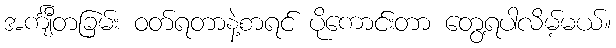
အင်္ကျီတခြမ်း ဝတ်ရတာနဲ့စာရင် ပိုကောင်းတာ တွေ့ရပါလိမ့်မယ်။